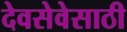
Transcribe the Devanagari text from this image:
देवसेवेसाठी